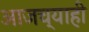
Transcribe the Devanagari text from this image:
आजच्याही